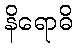
နိရောဓိ